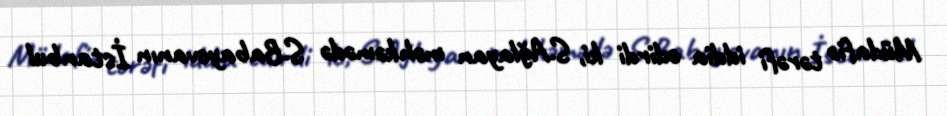
Müdafiə tərəfi iddia edirdi ki, S.Ağlayan məhkəmədə S.Babayevanın İstanbul